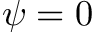
\psi = 0